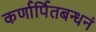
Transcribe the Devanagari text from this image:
कर्णार्पितबन्धनं